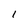
Character: I